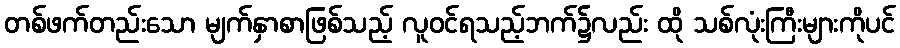
တစ်ဖက်တည်းသော မျက်နှာစာဖြစ်သည့် လူဝင်ရသည့်ဘက်၌လည်း ထို သစ်လုံးကြီးများကိုပင်